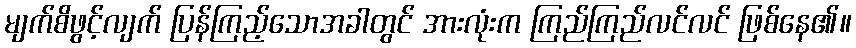
မျက်စိဖွင့်လျက် ပြန်ကြည့်သောအခါတွင် အားလုံးက ကြည်ကြည်လင်လင် ဖြစ်နေ၏။